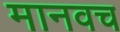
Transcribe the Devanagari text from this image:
मानवच